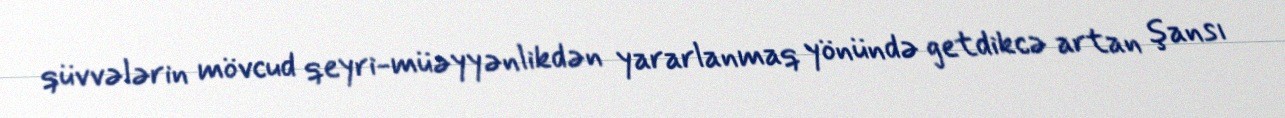
qüvvələrin mövcud qeyri-müəyyənlikdən yararlanmaq yönündə getdikcə artan şansı